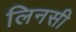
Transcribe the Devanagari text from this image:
लिनसी